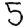
Digit: 5